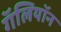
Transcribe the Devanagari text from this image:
गॅलियॉन